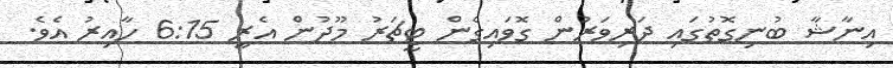
އިނާޝާ ބުނިގޮތުގައި ދަރިވަރުން ގޮވައިގެން ޓީޗަރު މޫދުން އެރީ 6:15 ހާއިރު އެވެ.